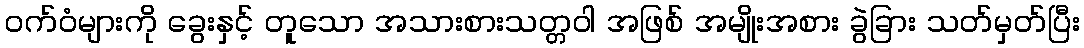
ဝက်ဝံများကို ခွေးနှင့် တူသော အသားစားသတ္တဝါ အဖြစ် အမျိုးအစား ခွဲခြား သတ်မှတ်ပြီး